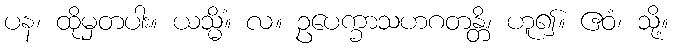
ပန၊ ထိုမှတပါး။ ယသ္မိံ။ လ။ ဥပေက္ခာသဟဂတန္တိ၊ ဟူ၍။ ဧဝံ၊ သို့။